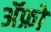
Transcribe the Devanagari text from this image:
ॲफ्रो